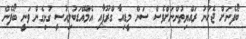
ބޯފެނަށް ޖެހުނު ރައްޔިތުންނަށްވެސް ސަން މީޑިއާ ގްރޫޕާއި އެމްއޭޑަބުލިއުސީ ގުޅިގެން ވަނީ ބޯފެން